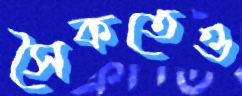
সৈকতেও